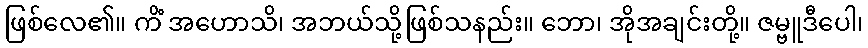
ဖြစ်လေ၏။ ကိံ အဟောသိ၊ အဘယ်သို့ဖြစ်သနည်း။ ဘော၊ အိုအချင်းတို့။ ဇမ္ဗူဒီပေါ၊